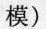
模)